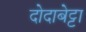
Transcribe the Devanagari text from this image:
दोदाबेट्टा